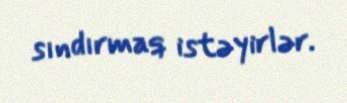
sındırmaq istəyirlər.